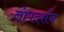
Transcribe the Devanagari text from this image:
लोपदर्शन